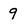
Character: 9